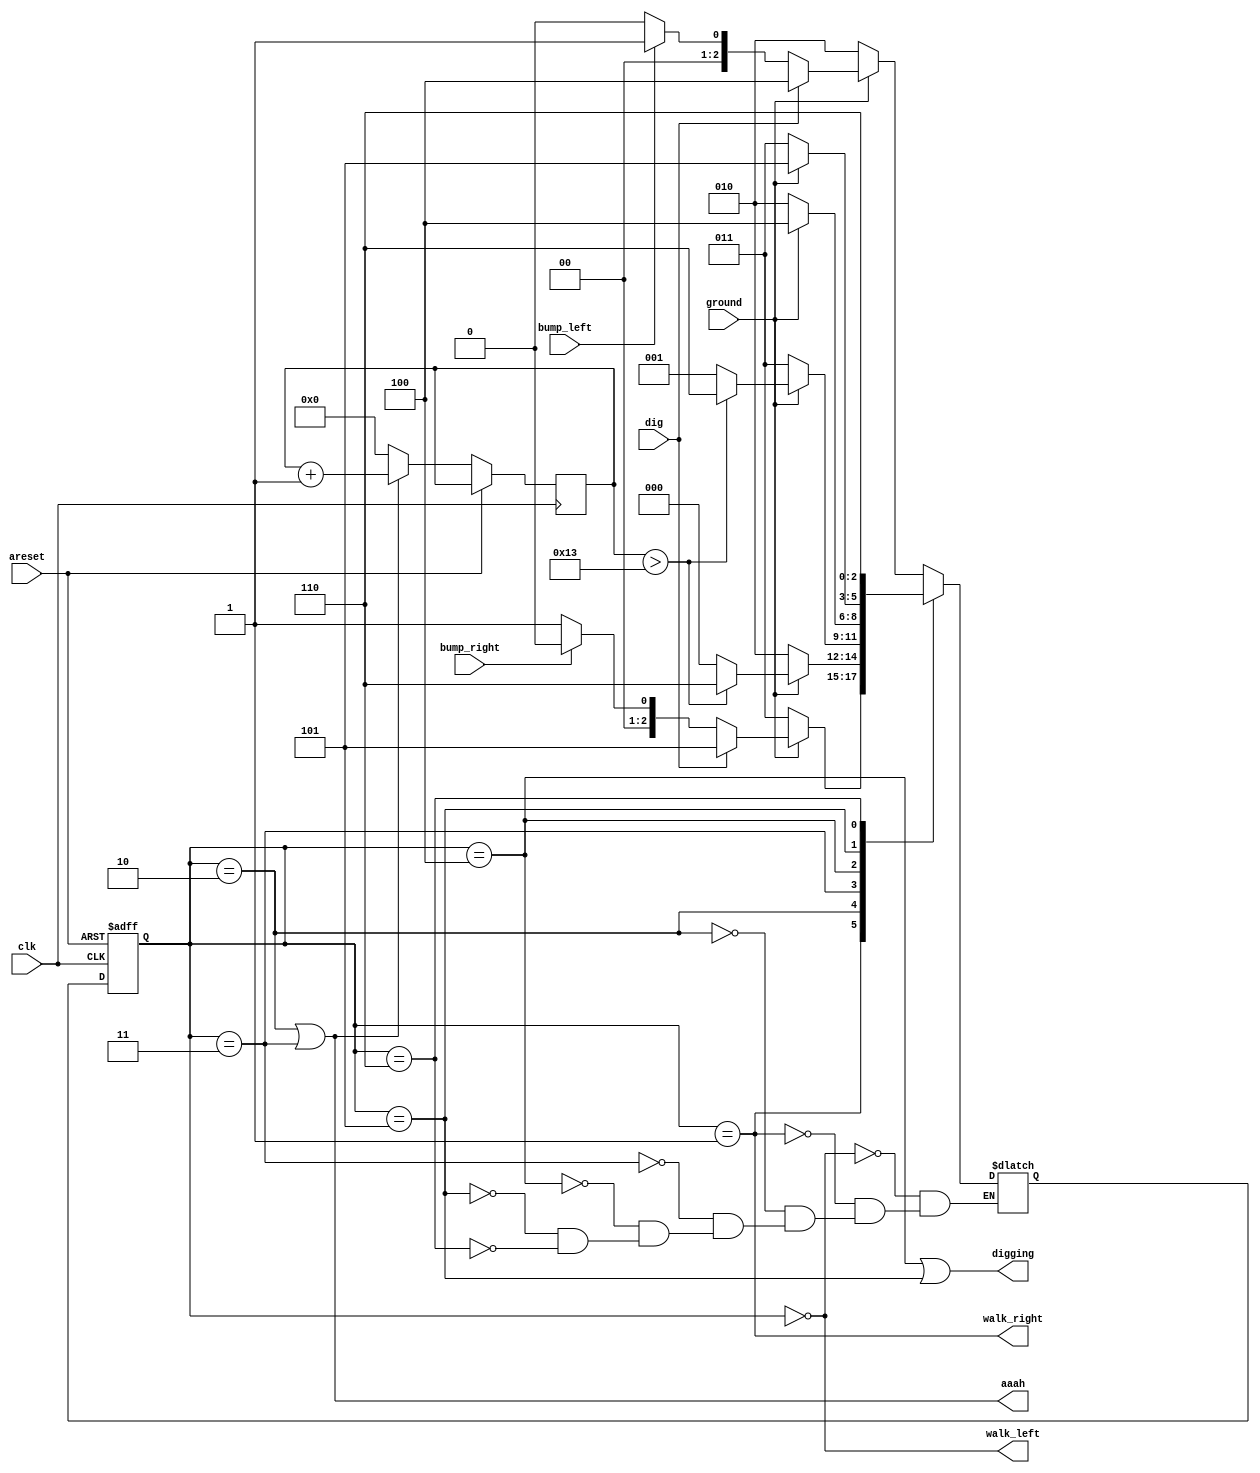
/* Problem statements : 
Although Lemmings can walk, fall, and dig, Lemmings aren't invulnerable. If a Lemming falls for too long then hits the ground, it can splatter. 
In particular, if a Lemming falls for more than 20 clock cycles then hits the ground, it will splatter and cease walking, falling, or digging (all 4 outputs become 0), 
forever (Or until the FSM gets reset). There is no upper limit on how far a Lemming can fall before hitting the ground. 
Lemmings only splatter when hitting the ground; they do not splatter in mid-air. */



module top_module(
    input clk,
    input areset,    // Freshly brainwashed Lemmings walk left.
    input bump_left,
    input bump_right,
    input ground,
    input dig,
    output walk_left,
    output walk_right,
    output aaah,
    output digging ); 
    
    parameter LEFT = 3'd0, RIGHT = 3'd1, FALL_L = 3'd2, FALL_R = 3'd3, LEFTDIG = 3'd4, RIGHTDIG = 3'd5, SPLAT = 3'd6;
    reg [63:0] counter;
    reg [2:0] state, next_state;
    
    //state-transition
    always @(*) begin
        case(state)
            LEFT:  begin
                if(~ground) next_state = FALL_L;
                else if (dig) next_state = LEFTDIG;
                else if(bump_left) next_state = RIGHT;
                else next_state = LEFT;
                
            end
            
                
                
            RIGHT: begin
                if(~ground) next_state = FALL_R;
                else if (dig) next_state = RIGHTDIG;
                else if(bump_right) next_state = LEFT;
                else next_state = RIGHT;
                
                  end
           
                
           FALL_L:   if(ground) begin
                        if(counter>19)
                              next_state = SPLAT;
                        else
                            next_state = LEFT;
                      end
                    else 
                        next_state = FALL_L;
                        
            
                
           FALL_R: if(ground) begin
                        if(counter>19)  next_state = SPLAT;
                        else next_state = RIGHT;
                        end
                    else 
                        next_state = FALL_R;
                
            LEFTDIG:  if(ground) 
                          next_state = LEFTDIG;
                      else
                          next_state = FALL_L;
                
            RIGHTDIG: if(ground) 
                          next_state = RIGHTDIG;
                
                      else
                          next_state = FALL_R;
                
                
            SPLAT:   
                         next_state = SPLAT;
                endcase
    end
    
    
    //state flip-flops
    always @(posedge clk, posedge areset) begin
          if(areset)
            state <= LEFT;
        else if(state == FALL_L || state == FALL_R) begin
            state <= next_state;
            counter <= counter + 1;
        end
        else begin
            state <= next_state;
            counter <= 0;
        end
    end
    
    
    //output logic
    assign walk_left = (state == LEFT);
    assign walk_right = (state == RIGHT);
    assign aaah       = (state == FALL_L) || (state == FALL_R);
    assign digging    = (state == LEFTDIG) || (state == RIGHTDIG);

endmodule